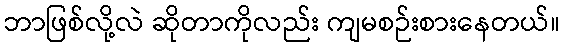
ဘာဖြစ်လို့လဲ ဆိုတာကိုလည်း ကျမစဉ်းစားနေတယ်။